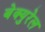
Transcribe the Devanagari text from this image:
बेक्युरेल